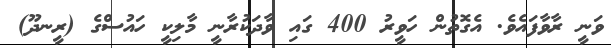
ވަނީ ރާވާފައެވެ. އެގޮތުން ހަވީރު 400 ގައި ވާދަކުރާނީ މާލިކީ ހައުސްގެ (ރީނދޫ)